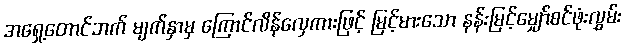
အရှေ့တောင်ဘက် မျက်နှာမှ ကြောင်လိန်လှေကားဖြင့် မြင့်မားသော နန်းမြင့်မျှော်စင်ဖုံးလွှမ်း